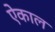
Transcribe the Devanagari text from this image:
ऐकाल